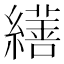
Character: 𦆇